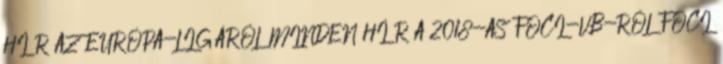
HÍR AZ EURÓPA-LIGÁRÓL MINDEN HÍR A 2018-AS FOCI-VB-RŐL FOCI